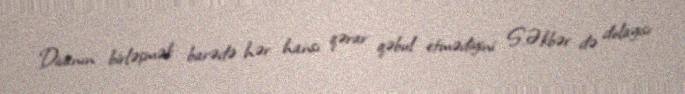
Divanın birləşmək barədə hər hansı qərar qəbul etmədiyini S.Əkbər də dolayısı